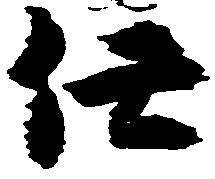
任